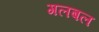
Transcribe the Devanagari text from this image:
गलबल